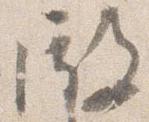
殿